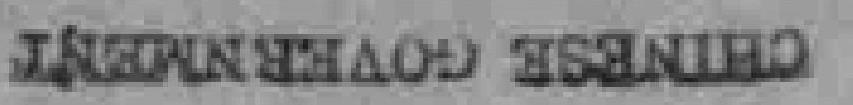
INEOANSTHAOD TSANURD